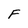
Character: F